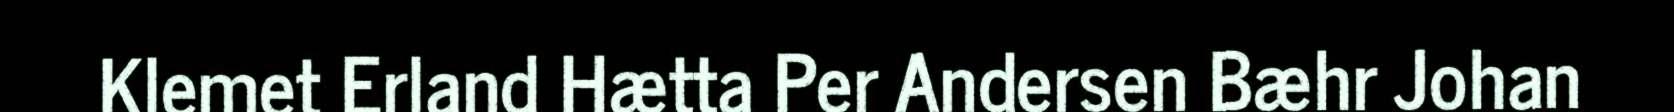
Klemet Erland Hætta Per Andersen Bæhr Johan